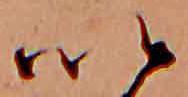
い